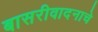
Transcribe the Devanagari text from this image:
बासरीवादनाचे